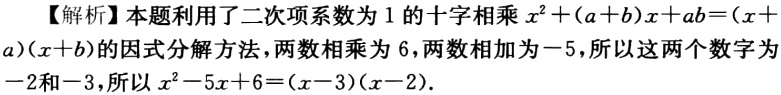
【解析】本题利用了二次项系数为 1 的十字相乘 \(x^{2}+(a + b)x+ab=(x + a)(x + b)\)的因式分解方法，两数相乘为 6，两数相加为－5，所以这两个数字为－2和－3，所以 \(x^{2}-5x + 6=(x - 3)(x - 2)\).